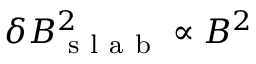
\delta B _ { \mathrm { ~ s ~ l ~ a ~ b ~ } } ^ { 2 } \propto B ^ { 2 }